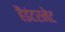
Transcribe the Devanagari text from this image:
हैंइंटरनेट